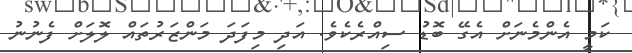
ކަމީ އެންމެނަށް އެގޭ ބޮޑު ސިއްރެކެވެ. އަދި މިފަދަ މަންޒަރުތައް ލޮލަށް ފެނުނު